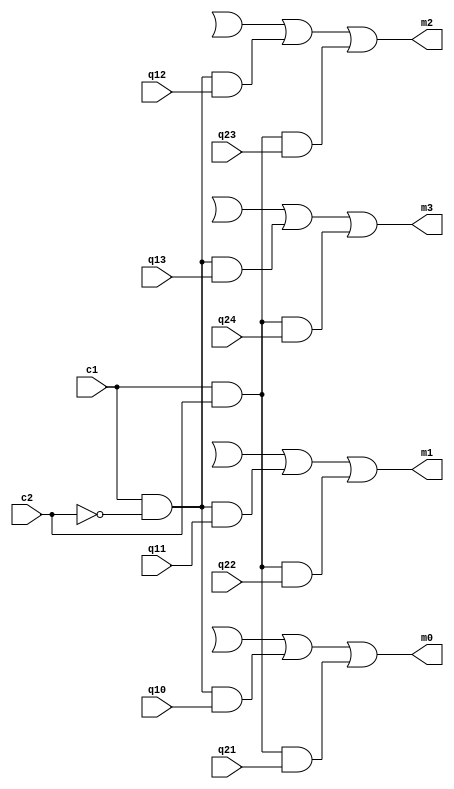
module muxdisplaycronometro(c1, c2, q10, q11, q12, q13, q21, q22, q23, q24, m0, m1, m2, m3);
	input c1, c2, q10, q11, q12, q13, q21, q22, q23, q24;
	output m0, m1, m2, m3;
	
	// m0
	and(s2, c1, !c2, q10);
	and(s3, c1, c2, q21);
	or(m0, s0, s1, s2, s3);
	
	// m1
	and(s6, c1, !c2, q11);
	and(s7, c1, c2, q22);
	or(m1, s4, s5, s6, s7);

	// m2
	and(s10, c1, !c2, q12);
	and(s11, c1, c2, q23);
	or(m2, s8, s9, s10, s11);
	
	// m3
	and(s14, c1, !c2, q13);
	and(s15, c1, c2, q24);
	or(m3, s12, s13, s14, s15);

endmodule